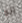
انه